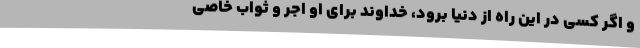
و اگر کسی در این راه از دنیا برود، خداوند برای او اجر و ثواب خاصی